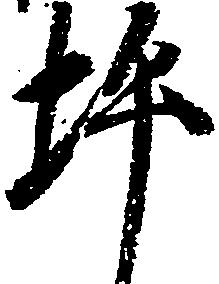
坪